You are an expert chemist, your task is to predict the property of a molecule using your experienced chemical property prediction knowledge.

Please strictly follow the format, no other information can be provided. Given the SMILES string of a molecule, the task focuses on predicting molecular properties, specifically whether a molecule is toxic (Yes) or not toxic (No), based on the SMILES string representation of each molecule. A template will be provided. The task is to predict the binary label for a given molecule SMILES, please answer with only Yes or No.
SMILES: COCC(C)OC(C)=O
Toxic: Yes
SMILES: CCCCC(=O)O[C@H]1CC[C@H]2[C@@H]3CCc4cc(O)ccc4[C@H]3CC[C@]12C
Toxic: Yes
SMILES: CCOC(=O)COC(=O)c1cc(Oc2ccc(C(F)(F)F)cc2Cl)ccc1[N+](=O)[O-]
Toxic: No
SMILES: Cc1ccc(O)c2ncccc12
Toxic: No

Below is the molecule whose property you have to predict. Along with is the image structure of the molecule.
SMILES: O=c1[nH]c2cc(Cl)ccc2n1C1CCNCC1
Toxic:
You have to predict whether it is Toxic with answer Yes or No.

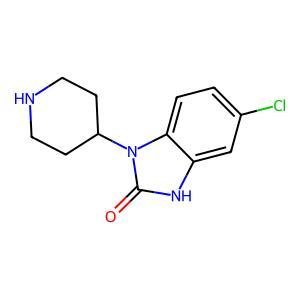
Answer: No